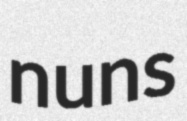
nuns